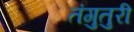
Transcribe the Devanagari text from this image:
तंगुतुरी